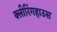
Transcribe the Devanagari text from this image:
क्लीरिंगहाउस